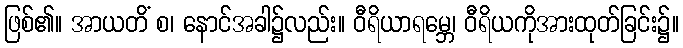
ဖြစ်၏။ အာယတိံ စ၊ နောင်အခါ၌လည်း။ ဝီရိယာရမ္ဘေ၊ ဝီရိယကိုအားထုတ်ခြင်း၌။